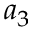
a _ { 3 }